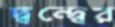
দ্বন্দ্বের